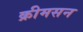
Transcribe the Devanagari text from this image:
क्रीमसन